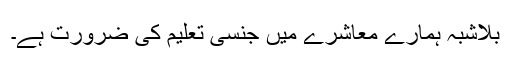
بلاشبہ ہمارے معاشرے میں جنسی تعلیم کی ضرورت ہے۔